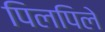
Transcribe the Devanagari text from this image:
पिलपिले